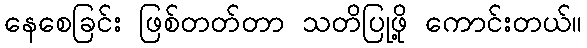
နေစေခြင်း ဖြစ်တတ်တာ သတိပြုဖို့ ကောင်းတယ်။